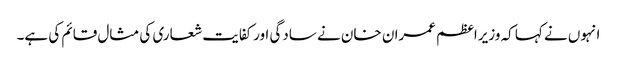
انہوں نے کہا کہ وزیراعظم عمران خان نے سادگی اورکفایت شعاری کی مثال قائم کی ہے۔